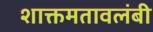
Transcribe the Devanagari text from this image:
शाक्तमतावलंबी